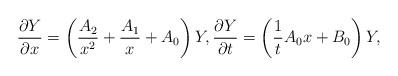
LaTeX: \begin{gather*}\frac{\partial Y}{\partial x}=\left(\frac{A_2}{x^2}+\frac{A_1}{x}+A_0\right)Y ,\frac{\partial Y}{\partial t}=\left( \frac{1}{t}A_0x+B_0 \right)Y,\end{gather*}